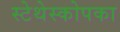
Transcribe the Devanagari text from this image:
स्टेथेस्कोपका